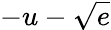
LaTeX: -u-\sqrt{e}